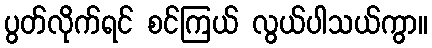
ပွတ်လိုက်ရင် စင်ကြယ် လွယ်ပါသယ်ကွာ။